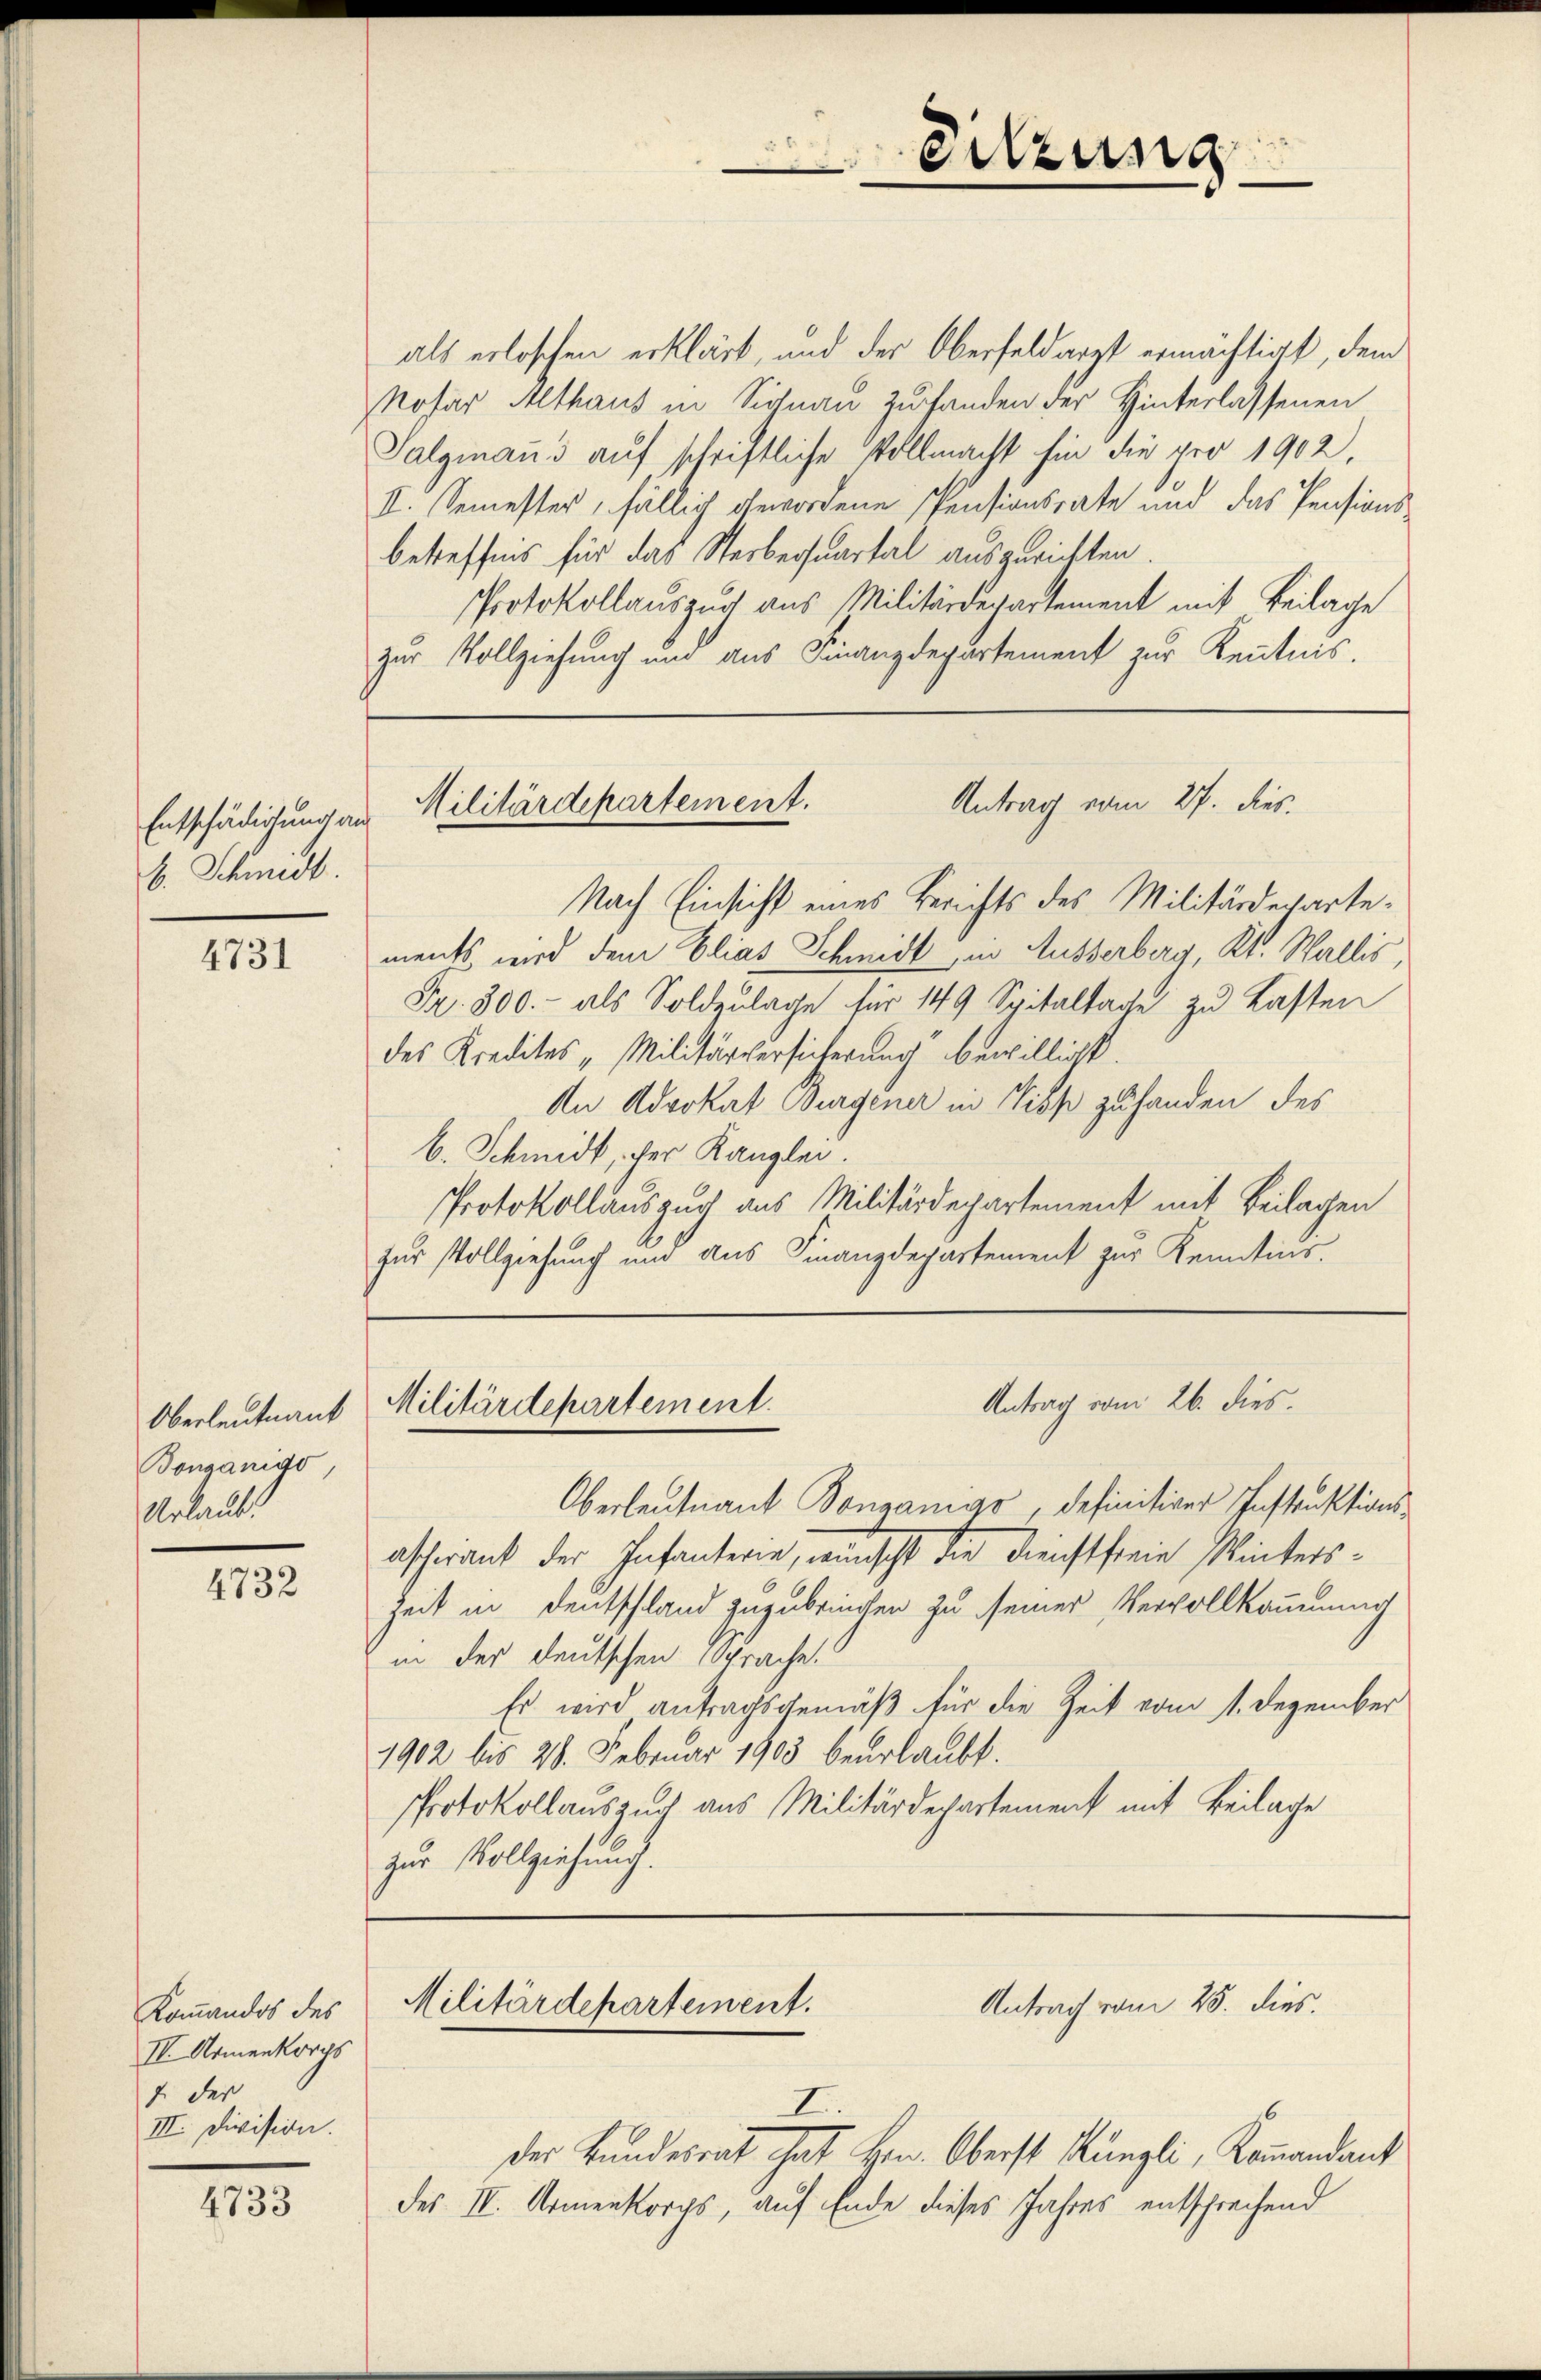
Entschädigung an
b. Schmidt

4731

Oberleutnant
Bonganido
Urlaub.

4732

Kommandos des
IV Armenkorps
I. der
III. Division.

4733

als erloschen erklärt, und der Oberfeldarzt ermächtigt, dem
Nosar Althaus in Signau zufanden der Hinterlassenen
Salgiani auf schriftliche Vollmacht hin die pro 1902.
I. Semester, fällig gewordene Pensionsrate und das Pensionsbetreffnis für das Sterberspartal auszurichten
Protokollauszug aus Militärdepartement mit Beilage
zur Vollziehung und aus Finanzdepartement zur Kenntnis.

Antrag vom 27. dies
Militärdepartement.

Militärdepartement.

Militärdepartement.

Sitzung

Nach Einsicht eines Berichts des Militärdepartements wird dem Elias Schmidt in Ausserberg, Kt. Wallis,
Fr. 300.- als Soldzulage für 149 Spitaltage zu Lasten
des Kredites "Militärversicherung bewilligt.
An Advokat Burgener in Nieß zu handen des
b. Schmidt, der Kanzlei.
Protokollaussuch aus Militärdepartement mit Beilagen
zur Vollziehung und aus Finanzdepartement zur Kenntnis.

Oberleutnant Bonzonigo, definitiver Instraktionsascherant der Infanterie, wünscht die Dienstfreie Winters¬
Zeit in Deutschland zuzubrinchen zu seiner Vervollkommung
in der deutschen Sprache.
Es wird antragsgemäß für die Zeit vom 1. Dezember
1902 bis 20. Februar 1903 beurlaubt.
Protokollanszuch aus Militärdepartement mit Beilage
zur Vollziehung.

Antrag vom 26. dies.

Antrag vom 25. dies.

I.
der Bundesrat hat Hrn. Oberst Küngli, Kommandant
des II. Armenkorps, auf Ende dieses Jahres entsprechend